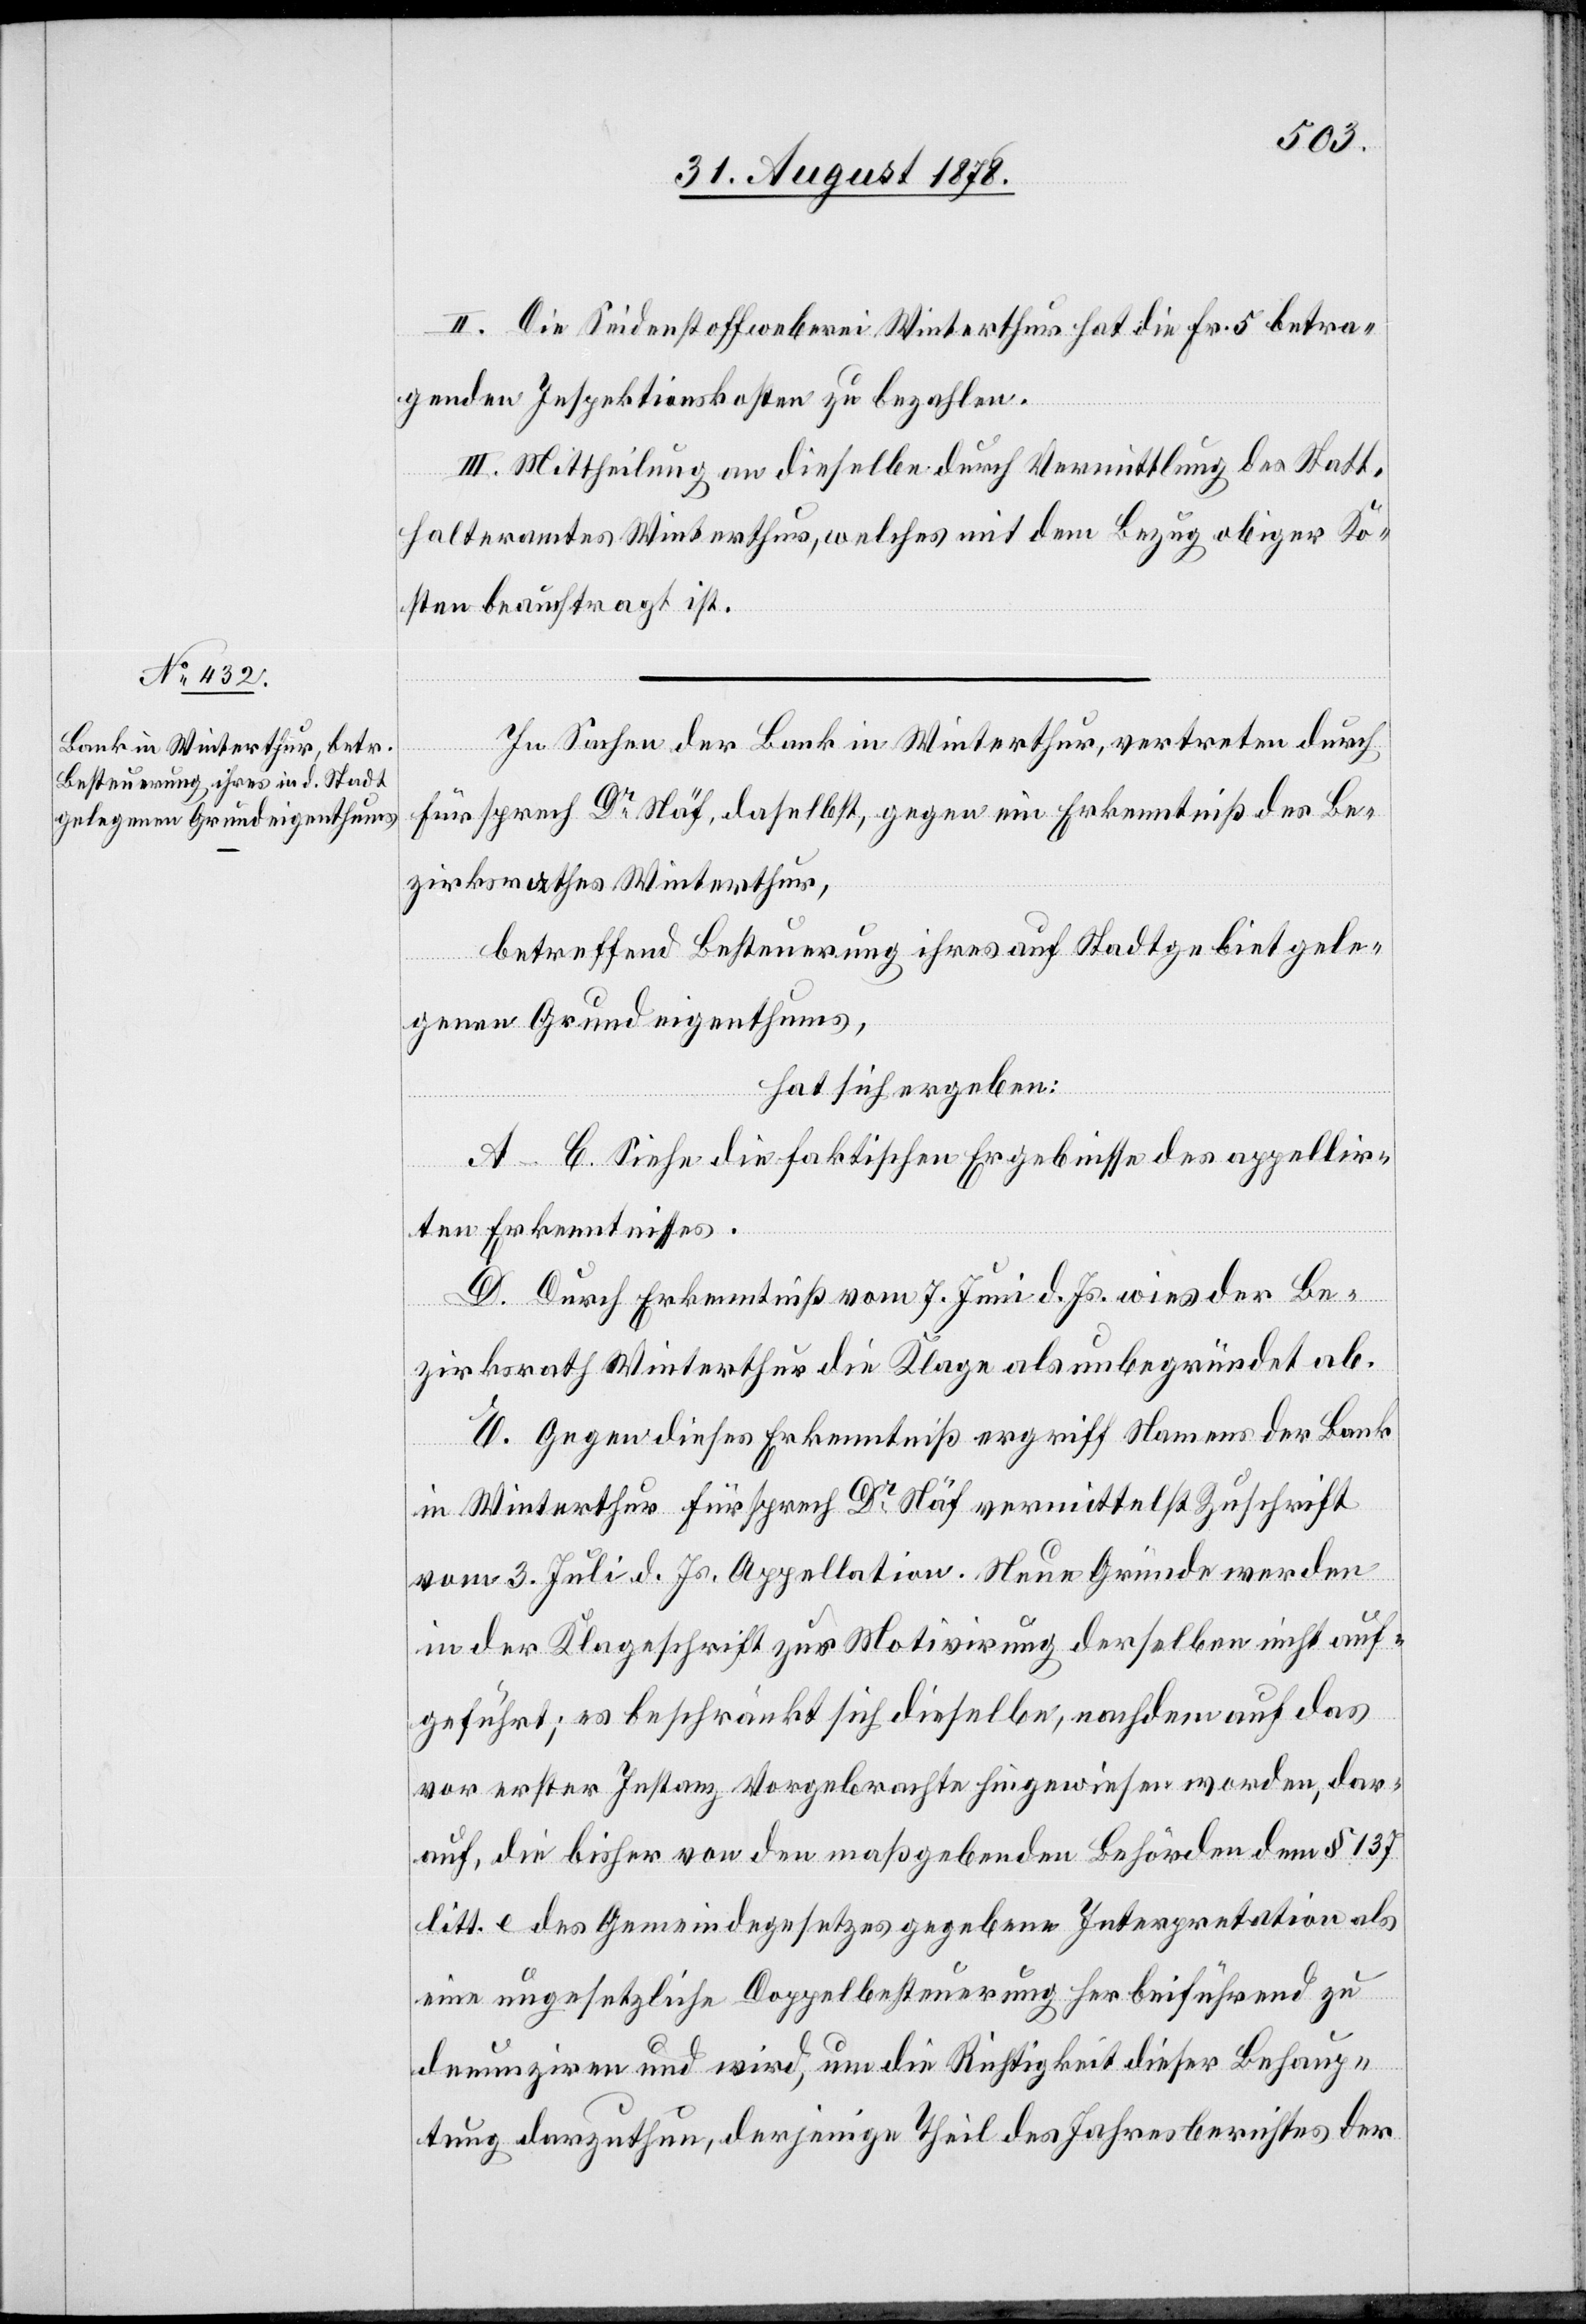
II. Die Seidenstoffweberei Winterthur hat die Fr. 5 betra¬
genden Inspektionskosten zu bezahlen.
III. Mittheilung an dieselbe durch Vermittlung des Statt¬
halteramtes Winterthur, welches mit dem Bezug obiger Ko¬
sten beauftragt ist.
In Sachen der Bank in Winterthur, vertreten durch
Fürsprech Dr Näf, daselbst, gegen ein Erkenntniß des Be¬
zirksrathes Winterthur,
betreffend Besteuerung ihres auf Stadtgebiet gele¬
genen Grundeigenthums,
hat sich ergeben:
A–C. Siehe die faktischen Ergebnisse des appellir¬
ten Erkenntnisses.
D. Durch Erkenntniß vom 7. Juni d. Js. wies der Be¬
zirksrath Winterthur die Klage als unbegründet ab.
E. Gegen dieses Erkenntniß ergriff Namens der Bank
in Winterthur Fürsprech Dr Näf vermittelst Zuschrift
vom 3. Juli d. Js. Appellation. Neue Gründe werden
in der Klageschrift zur Motivirung derselben nicht auf¬
geführt; es beschränkt sich dieselbe, nachdem auf das
vor erster Instanz Vorgebrachte hingewiesen worden, dar¬
auf, die bisher von den maßgebenden Behörden dem § 137
litt. e des Gemeindegesetzes gegebene Interpretation als
eine ungesetzliche Doppelbesteuerung herbeiführend zu
denunziren und wird, um die Richtigkeit dieser Behaup¬
tung darzuthun, derjenige Theil des Jahresberichtes der